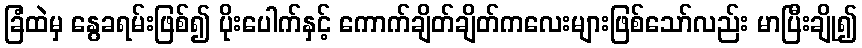
ခြံထဲမှ နွေခရမ်းဖြစ်၍ ပိုးပေါက်နှင့် ကောက်ချိတ်ချိတ်ကလေးများဖြစ်သော်လည်း မာပြီးချို၍